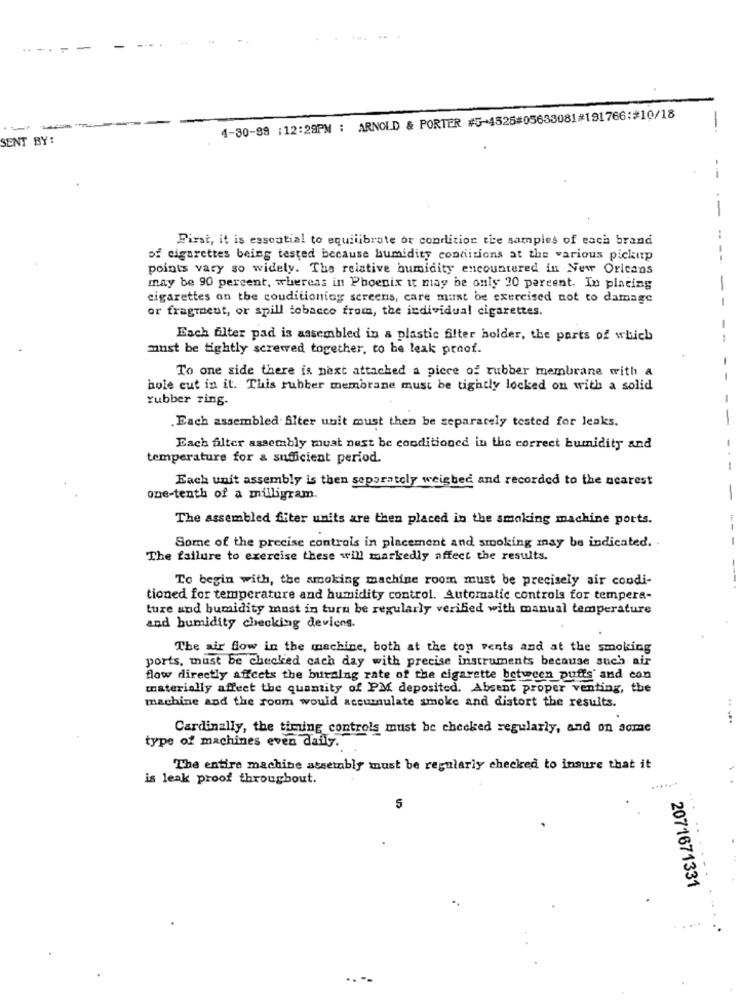
-
-
4-30-89 :12:28PM ; ARNOLD & PORTER #5-4525#05653081#191766:#10/18
-
SENT BY:
--
First, it is essential to equilibrate or condition tice samples of each brand
of cigarettes being tested because humidity conditions at the various pickup
points vary so widely. The relative humidity encountered in New Orleans
may be 90 percent, whereas in Phoenix it may be only 20 percent. In placing
cigarettes on the conditioning screens, care must be exercised not to damage
or fragteut, or spill tobacco from, the individual cigarettes.
Each flter pad is assembled in a plastic filter holder, the parts of which
must be tightly screwed together, to be leak proof.
To one side there is next attached a piece of rubber membrane with a
hole cut in it. This rubber membrane must be tightly locked on with a solid
rubber ring-
Each assembled Alter unit must then be separately tested for leaks.
Each filter assembly muat nest be conditioned in the correct bumidity and
-
temperature for & sufficient period.
Each unit assembly is then separately weighed and recorded to the nearest
one-tenth of a milligram.
-
The assembled fiter units are then placed in the smoking machine ports.
Some of the precise controls in placement and smoking may be indicated. .
-
The failure to exercise these will markedly affect the results.
To begin with, the smoking machine room must be precisely air condi-
tioned for temperature and humidity control. Automatic controla for tempera-
tuxe and bumidity must in turn be regularly verified with manual temperature
and humidity checking devices.
The air flow in the machine, both at the top vents and at the smoking
ports, must be checked each day with precise instruments because such air
flow directly affects the burning rate of the cigarette between puffs' and con
materially affect the quantity of PM deposited. Absent proper venting, the
machine and the room would accumulate smoke and distort the results.
..
Cardinally, the timing controls must be checked regularly, and on some
type of machines even daily.
The entire machine assembly must be regularly checked to insure that it
is leak proof throughout.
......
5
2071671331
. --